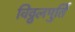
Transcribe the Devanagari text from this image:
विठ्ठलमुर्ति